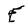
Character: e